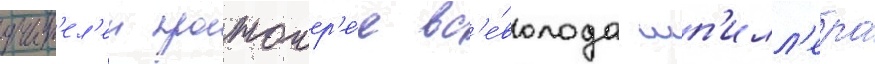
учит'ел'еи протоиер'е́я вс'е́волода шп'илл'ера